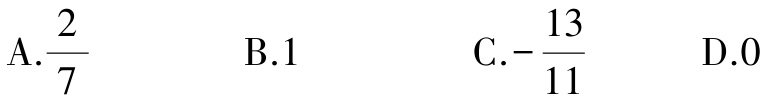
A.$\frac{2}{7}$  B.$1$  C.$-\frac{13}{11}$  D.$0$